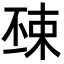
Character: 𣓺